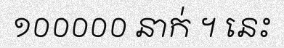
១០០០០០ នាក់ ។ នេះ